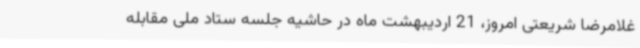
غلامرضا شریعتی امروز، 21 اردیبهشت ماه در حاشیه جلسه ستاد ملی مقابله